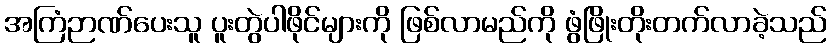
အကြံဉာဏ်ပေးသူ ပူးတွဲပါဖိုင်များကို ဖြစ်လာမည်ကို ဖွံဖြိုးတိုးတက်လာခဲ့သည်